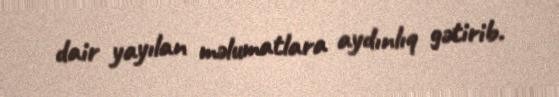
dair yayılan məlumatlara aydınlıq gətirib.